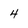
Character: 4